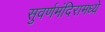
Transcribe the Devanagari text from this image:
सुवर्णमंदिरामध्ये